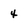
Character: 4